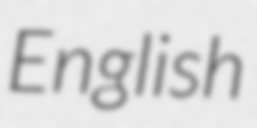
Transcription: English